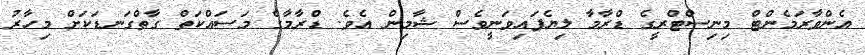
އެންވާރަމެންޓް މިނިސްޓްރީގެ ޑްރާމާ ލިޔެފައިވަނީވެސް ޝާމިން އެވެ. ޑްރާމާގެ މަސައްކަތް ގާތްގަނޑަކަށް މިހާރު